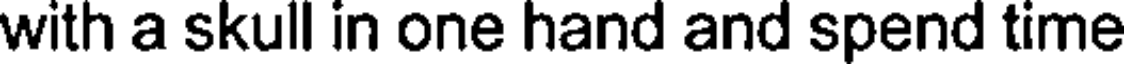
with a skull in one hand and spend time